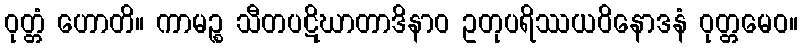
ဝုတ္တံ ဟောတိ။ ကာမဉ္စ သီတပဋိဃာတာဒိနာဝ ဥတုပရိဿယဝိနောဒနံ ဝုတ္တမေဝ။